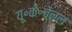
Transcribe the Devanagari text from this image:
यू॰के॰चेनल